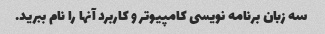
سه زبان برنامه نویسی کامپیوتر و کاربرد آنها را نام ببرید.